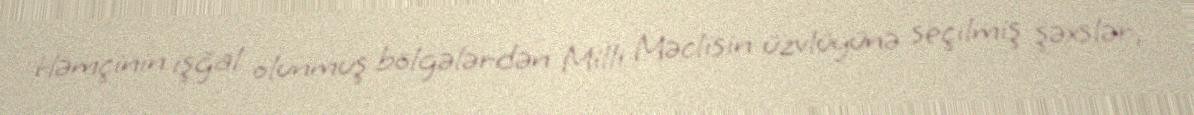
Həmçinin işğal olunmuş bölgələrdən Milli Məclisin üzvlüyünə seçilmiş şəxslər,